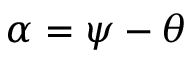
\alpha = \psi - \theta